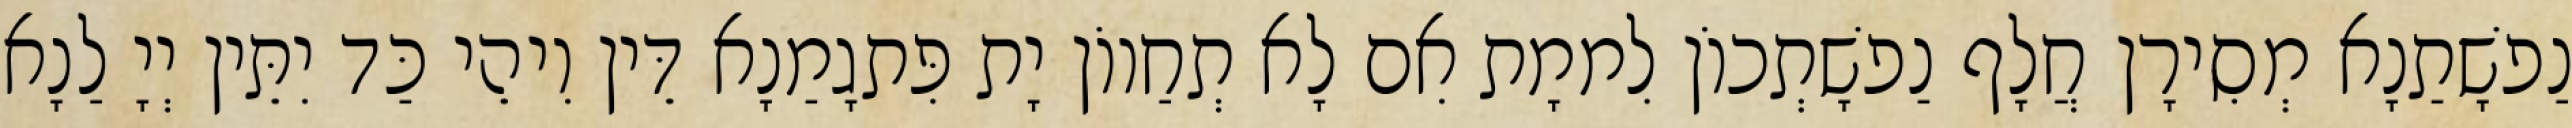
נַפשָׁתַנָא מְסִירָן חֲלָף נַפשָׁתְכוֹן לִממָת אִם לָא תְחַווֹן יָת פִּתגָמַנָא דֵּין וִיהֵי כַּד יִתֵּין יְיָ לַנָא